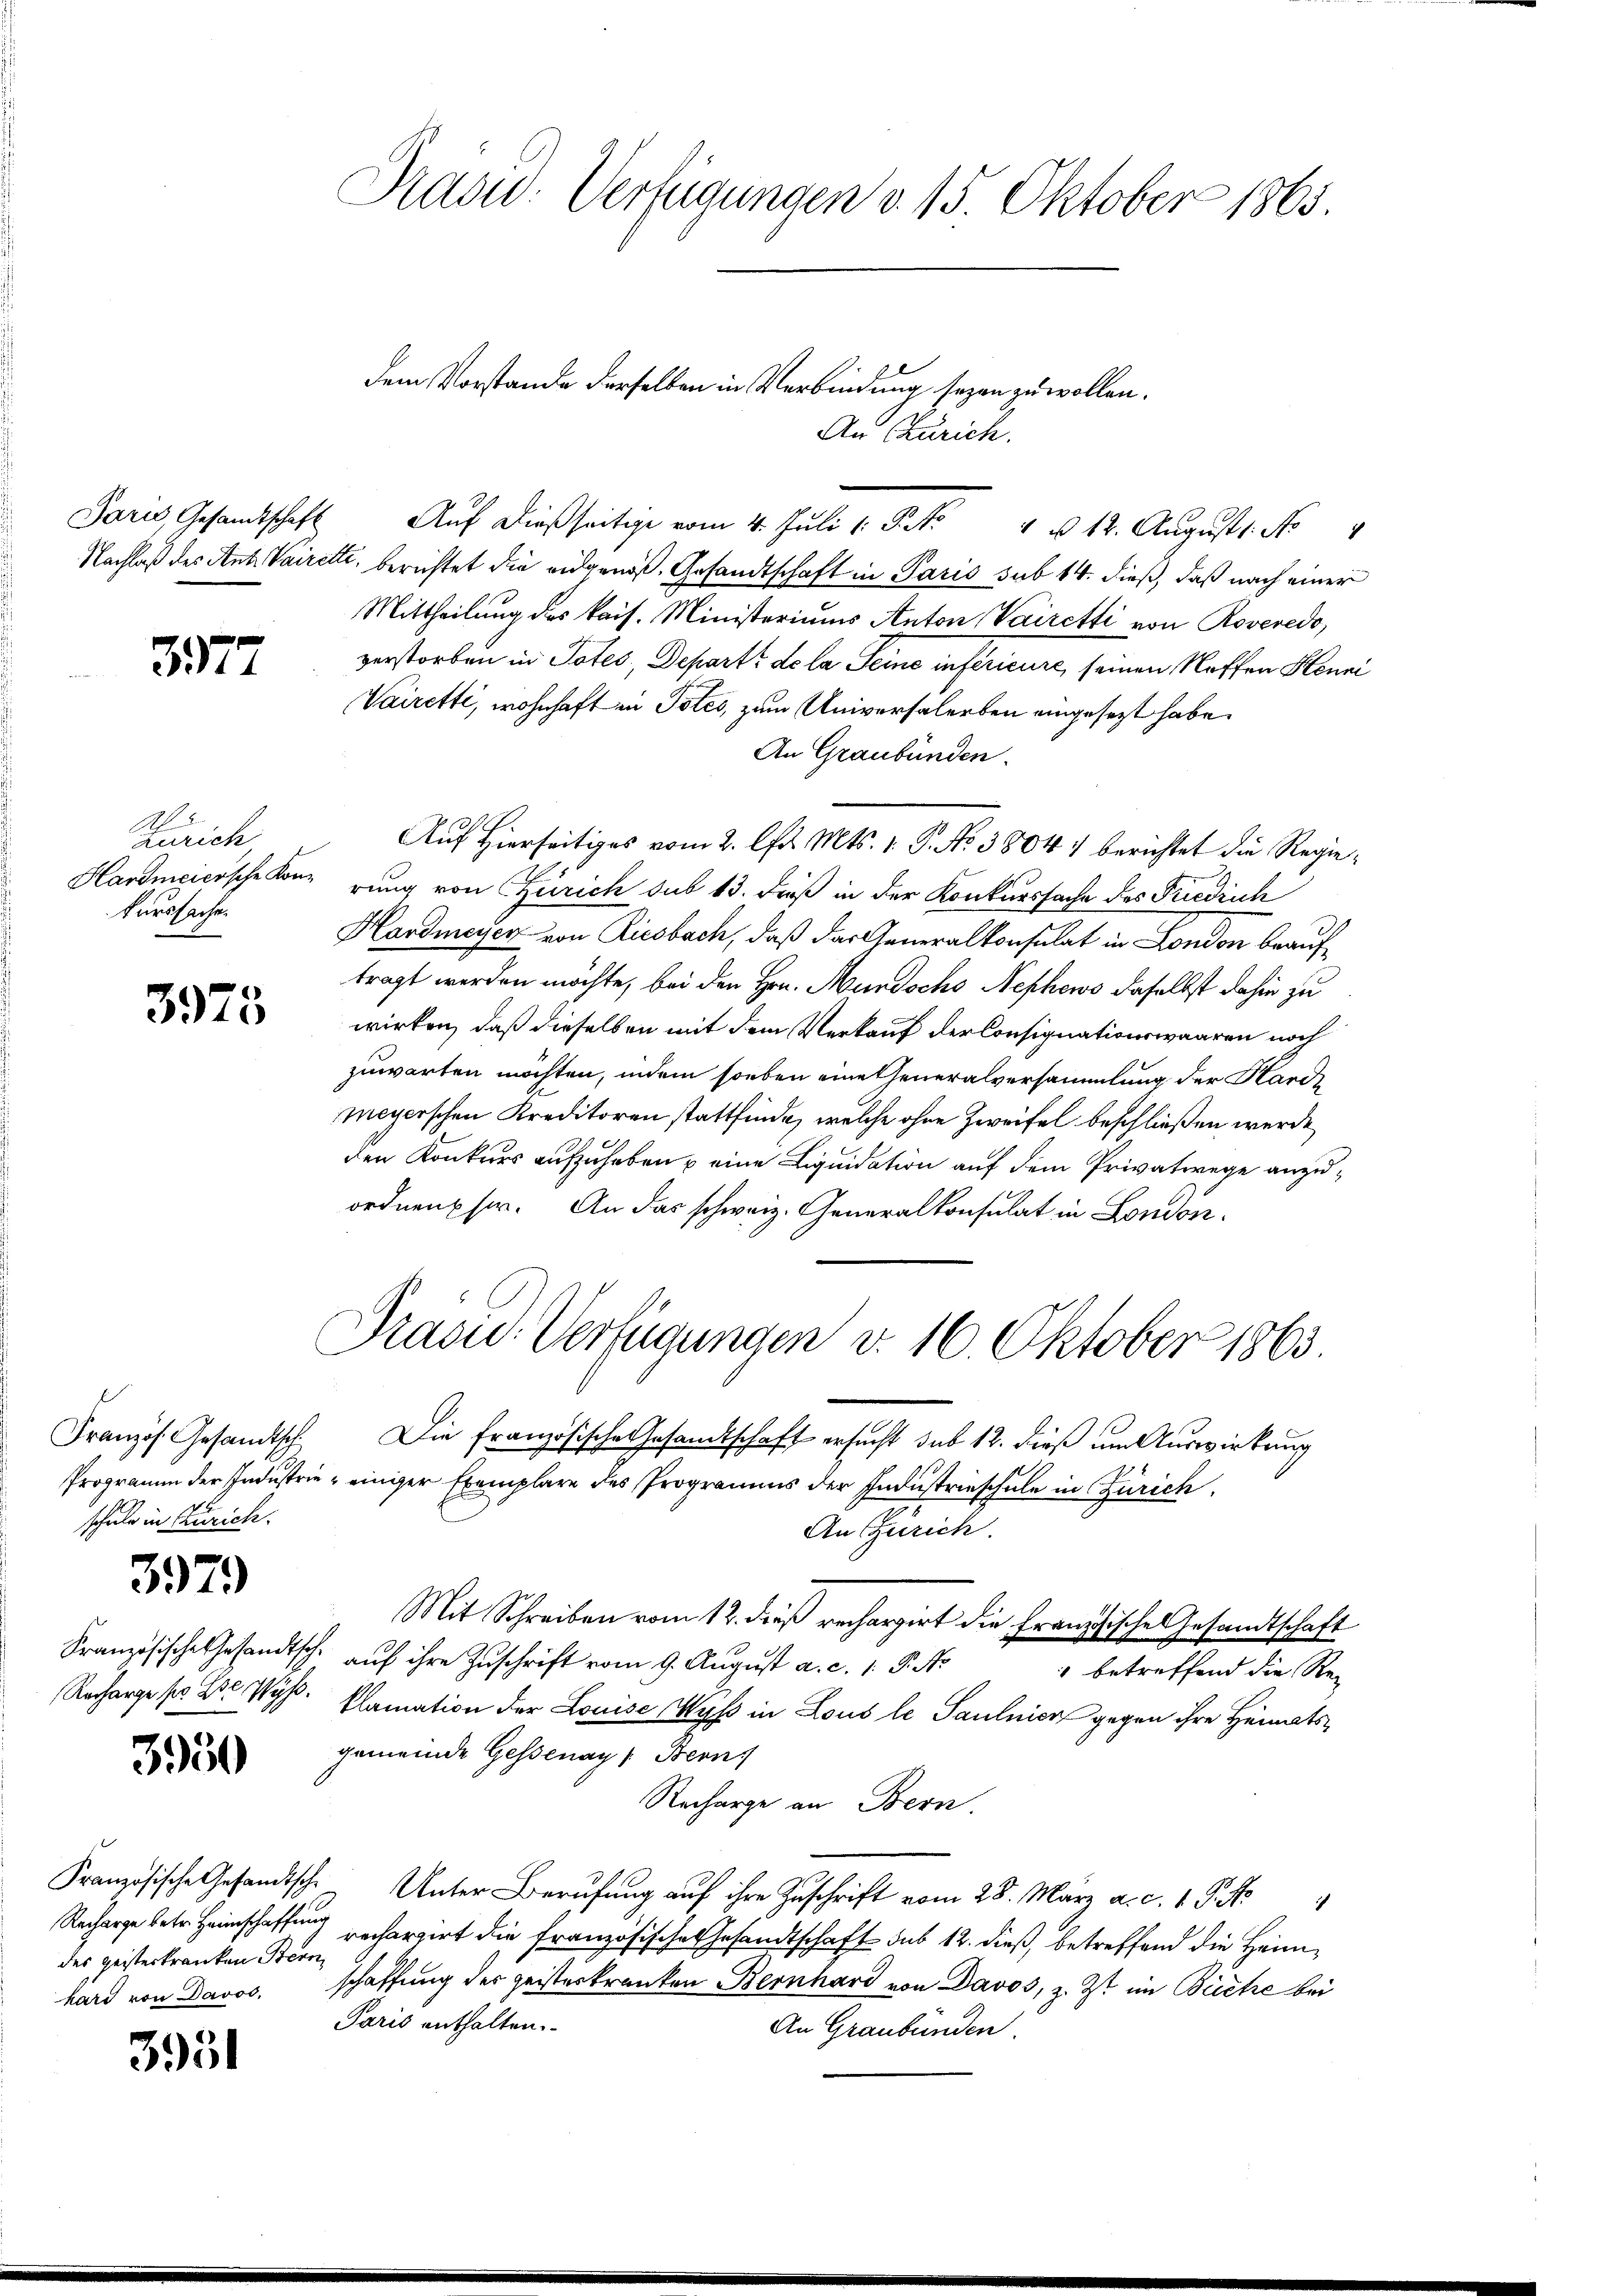
Paris, Gesandtschaft
Nachlaß des Ant. Vaire

3377

Zürich
Hardmeiersche Konkurssache.

3975

Französ. Gesandtsch
Programm der Industrie
schule in Zürich.

397)

Französische Gesandt.
Recharge pr. Er Wy

3950

Französische Gesandtsche
Recharge betr. Heimschaffen
des geisterkranken Ber
hard von Davos.

35

Prasw: Verfügungen v. 15 Oktober 1865

dem Vorstande derselben in Verbindung seyen zu wollen.

An Zürich.
Auf dießseitige vom 4. Juli 1 Pkt. 1 u 12. August 1. No
tc. berichtet die eidgenoß, Gesandtschaft in Paris sub 14. dieß, daß nach einer
Mittheilung des kais. Ministeriums Anton Vairetti von Roveredo,
verstorben in Totes, Departe de la Seine inférieure, seinen Neffen Henne
Vairetti, wohnhaft in Totes, zum Universalerben eingesezt habe.
An Graubünden.
.
Auf Hierseitiges vom 2. l. Mts. 1. P. No 3804. berichtet die Regierung von Zürich sub 13. Dieß in der Konkurssache des Friedrich
Hardmeyer von Riesbach, daß das Generalkonsulat in London beauftragt werden möchte, bei den Hrn. Mundschs Nephews daselbst dahin zu
wirken, daß dieselben mit dem Verkauf der Consignationswaaren noch
zuwarten möchten, indem soeben eineteneralversammlung der Hardmeyerschen Kreditoren stattfinde, welche ohne Zweifel beschließen werde,
den Konkurs aufzuheben u eine Liquidation auf dem Privatwege anzuordnen her. An das schweiz. Generalkonsulat in London¬
Präsid.- Verfügungen v. 16 Oktober 1863
Die Französische Gesandtschaft ersucht sub 12. dieß um Auswirkung
" einiger Exemplare des Programms der Industrieschule in Zürich.
An Zürich
Mit Schreiben vom 12. dieß rechargirt die Französische Gesandtschaft
auf ihre Zuschrift vom 9. August a. c. 1. P. No
 betreffend die Re-
klamation der Louise Wyss in Lous le Paulnier gegen ihre Heimatsgemeinde Gessenay, Bern
Recharge an Bern.
 Unter Berufung auf ihre Zuschrift vom 28. März a. c. 1 S. 4
rechargirt die französische Gesandtschaft sub 12. dieß, betreffend die Heimschaffung der geisterkranken Bernhard von Davos, z. Zt. im Büche bei
Paris enthalten.
An Graubünden